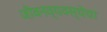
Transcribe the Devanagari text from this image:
जीवनव्यवस्थेचा